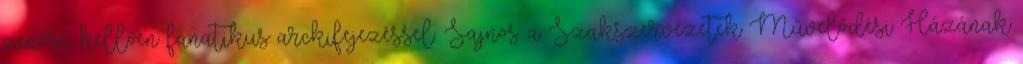
zenére, kellően fanatikus arckifejezéssel. Sajnos a Szakszervezetek Művelődési Házának